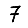
Digit: 7